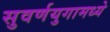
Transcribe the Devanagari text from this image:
सुवर्णयुगामध्ये